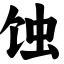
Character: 蚀